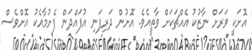
އޮށަކީ ވަރަށް ނާޒުކު އެއްޗަކަށް ވާތީއެވެ. އޮށުން ދަރިފަނި އުފައްދަން ފެށުމާއެކު އޮށްވެސް